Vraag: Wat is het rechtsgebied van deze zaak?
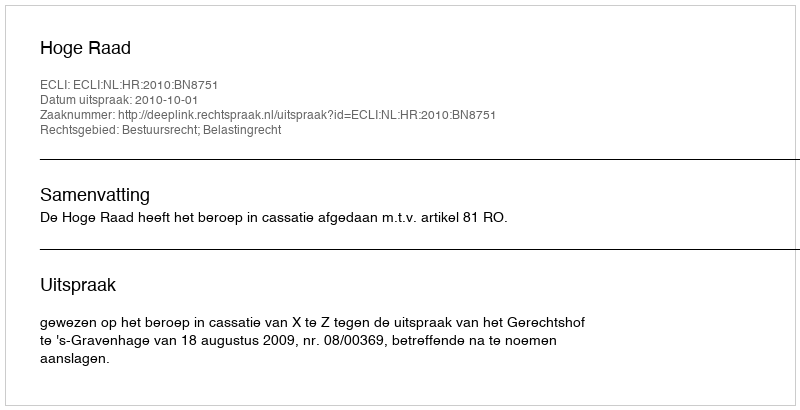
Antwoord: Bestuursrecht; Belastingrecht